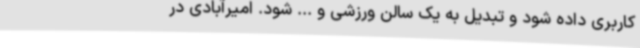
کاربری داده شود و تبدیل به یک سالن ورزشی و ... شود. امیرآبادی در